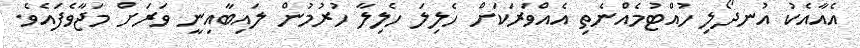
އެއާއެކު އުނދޯލި ހުއްޓުމެއްނެތި އެއްވަރަކަށް ހެލިލަ ހެލިލާ ހުރުމުން ލައިބާއިނީ ވަރަށް މަޖާވެފައެވެ.